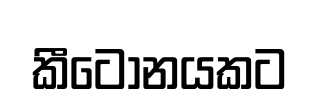
කීටෝනයකට